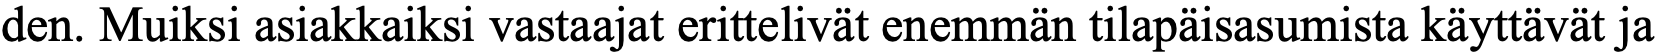
den. Muiksi asiakkaiksi vastaajat erittelivät enemmän tilapäisasumista käyttävät ja